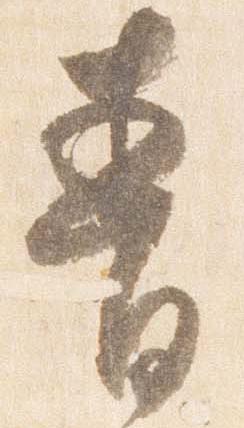
青